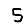
Digit: 5